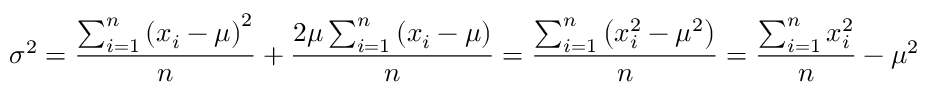
\sigma ^ { 2 } = { \frac { \sum _ { i = 1 } ^ { n } \left( x _ { i } - \mu \right) ^ { 2 } } { n } } + { \frac { 2 \mu \sum _ { i = 1 } ^ { n } \left( x _ { i } - \mu \right) } { n } } = { \frac { \sum _ { i = 1 } ^ { n } \left( x _ { i } ^ { 2 } - \mu ^ { 2 } \right) } { n } } = { \frac { \sum _ { i = 1 } ^ { n } x _ { i } ^ { 2 } } { n } } - \mu ^ { 2 }